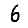
Digit: 6